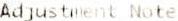
ADJUSTMENT NOTE